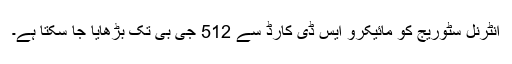
انٹرنل سٹوریج کو مائیکرو ایس ڈی کارڈ سے 512 جی بی تک بڑھایا جا سکتا ہے۔